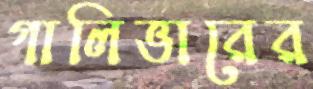
গালিভারের